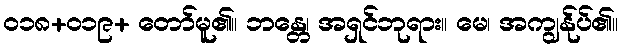
၀၁၈+၀၁၉+ တော်မူ၏။ ဘန္တေ၊ အရှင်ဘုရား။ မေ၊ အကျွန်ုပ်၏။